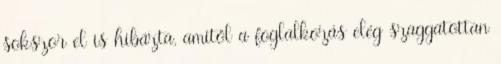
sokszor el is hibázta, amitől a foglalkozás elég szaggatottan